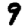
Digit: 9